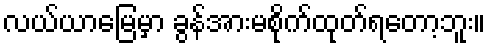
လယ်ယာမြေမှာ ခွန်အားမစိုက်ထုတ်ရတော့ဘူး။